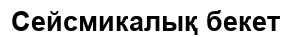
Сейсмикалық бекет